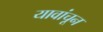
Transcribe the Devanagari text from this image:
यावांचून